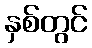
နှစ်တွင်